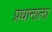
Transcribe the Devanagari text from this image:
प्रधानाला